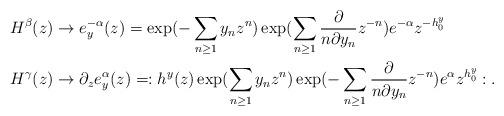
LaTeX: \begin{align*}H^{\beta} (z) &\to e^{-\alpha}_y(z) =\exp (-\sum _{n\ge 1}y_n z^n)\exp (\sum _{n\ge 1}\frac{\partial}{n\partial y_n} z^{-n})e^{-\alpha}z^{-h^y_0}\\ H^{\gamma} (z) &\to \partial_z e^{\alpha}_y(z) =:h^y (z)\exp (\sum _{n\ge 1} y_n z^n)\exp (-\sum _{n\ge 1}\frac{\partial}{n\partial y_n} z^{-n})e^{\alpha}z^{h^y_0}:.\end{align*}